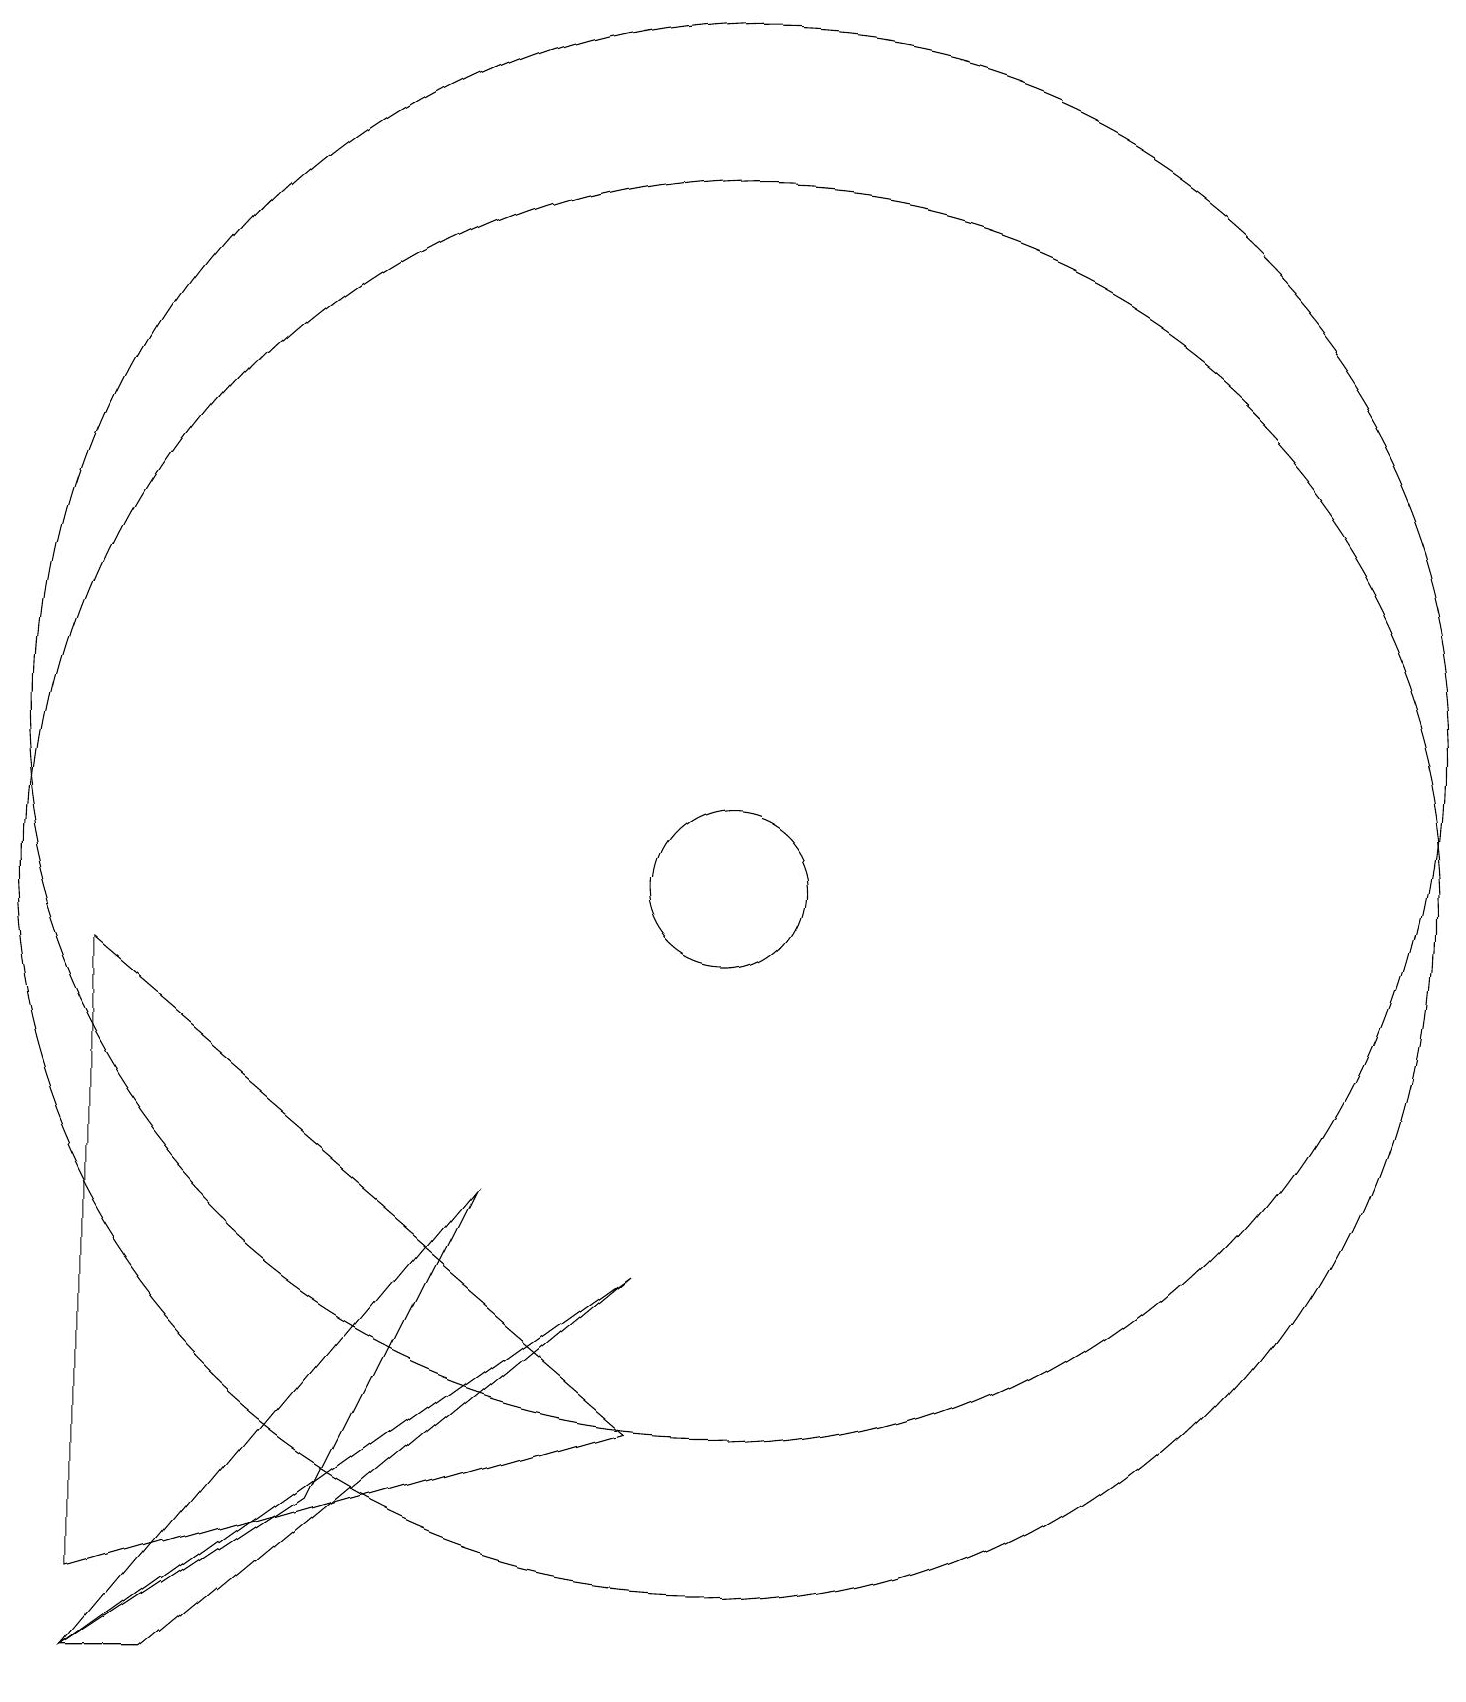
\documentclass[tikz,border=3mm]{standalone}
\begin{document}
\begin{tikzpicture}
\draw (2,1) -- (2,9) -- (9,3) -- cycle;
\draw (10,10) circle (9);
\draw (2,0) -- (7,6) -- (5,2) -- cycle;
\draw (3,0) -- (2,0) -- (9,5) -- cycle;
\draw (10,10) circle (1);
\draw (10,12) circle (9);
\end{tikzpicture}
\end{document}